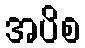
အပိစ